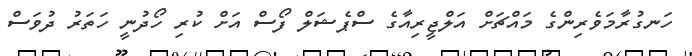
ހަނގުރާމަވެރިންގެ މައްޗަށް އަލްޖީރިއާގެ ސްޕެޝަލް ފޯސް އަށް ކުރި ހޯދުނީ ހަތަރު ދުވަސް